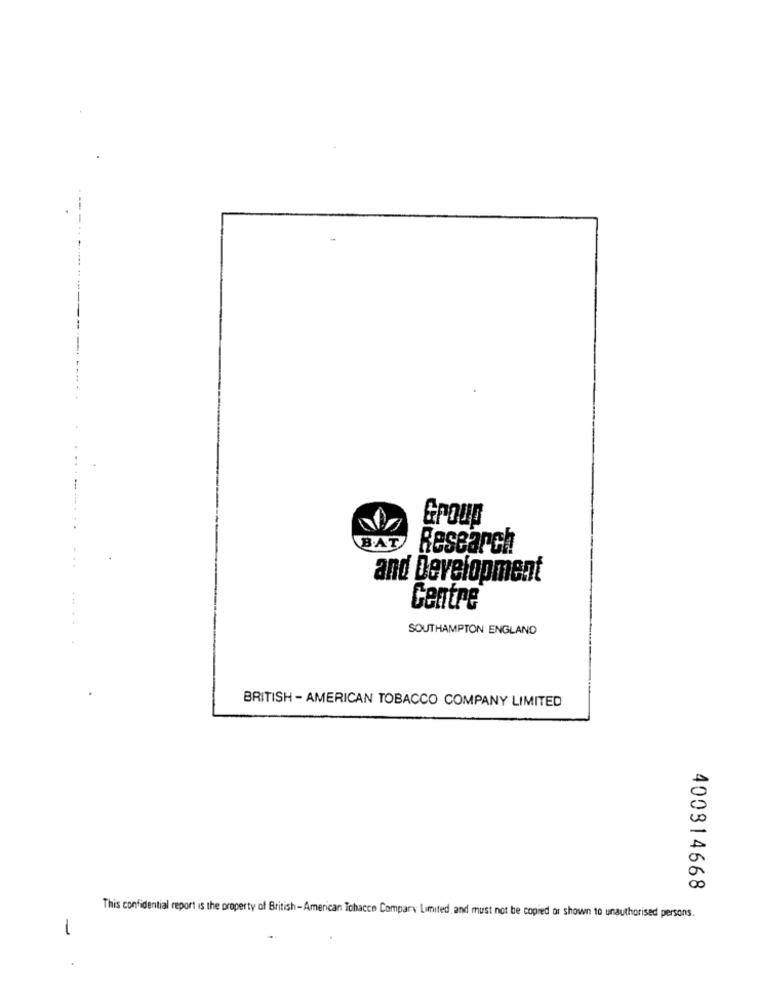
Group
B.AT
Research
and Development
Centre
SOUTHAMPTON ENGLAND
BRITISH - AMERICAN TOBACCO COMPANY LIMITED
400814668
This confidential report is the property of British-American Tobacco Company Limited and must not be copied or shown to unauthorised persons.
-